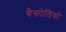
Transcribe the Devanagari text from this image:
बैसोलियो